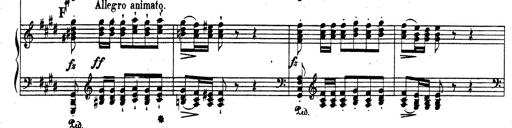
Title: Rhapsodie espagnole
Composer: Franz Liszt